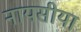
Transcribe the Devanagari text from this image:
नायसीया